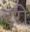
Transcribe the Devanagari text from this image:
टूरो